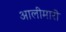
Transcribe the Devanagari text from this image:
आलीमारी